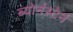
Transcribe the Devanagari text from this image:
ब्योर्नस्टेर्न